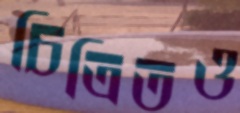
চিত্রিতও